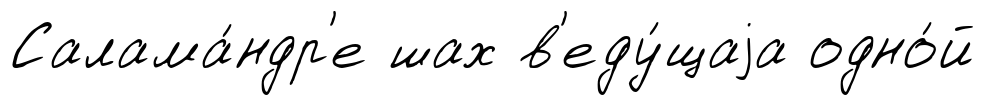
Салама́ндр'е шах в'еду́щаjа одно́й